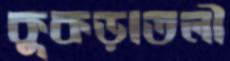
কুকড়াতলী